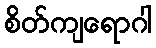
စိတ်ကျရောဂါ